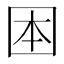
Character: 𡇐